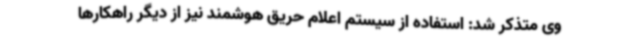
وی متذکر شد: استفاده از سیستم اعلام حریق هوشمند نیز از دیگر راهکارها